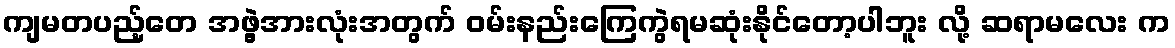
ကျမတပည့်တေ အဖွဲ့အားလုံးအတွက် ဝမ်းနည်းကြေကွဲရမဆုံးနိုင်တော့ပါဘူး လို့ ဆရာမလေး က